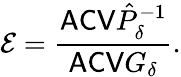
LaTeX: \mathcal E=\frac{\mathsf{ACV}\hat{P}_{\delta}^{-1}}{\mathsf{ACV}G_{\delta}}.